Leningradi_Edasi_toimetus, lk 214
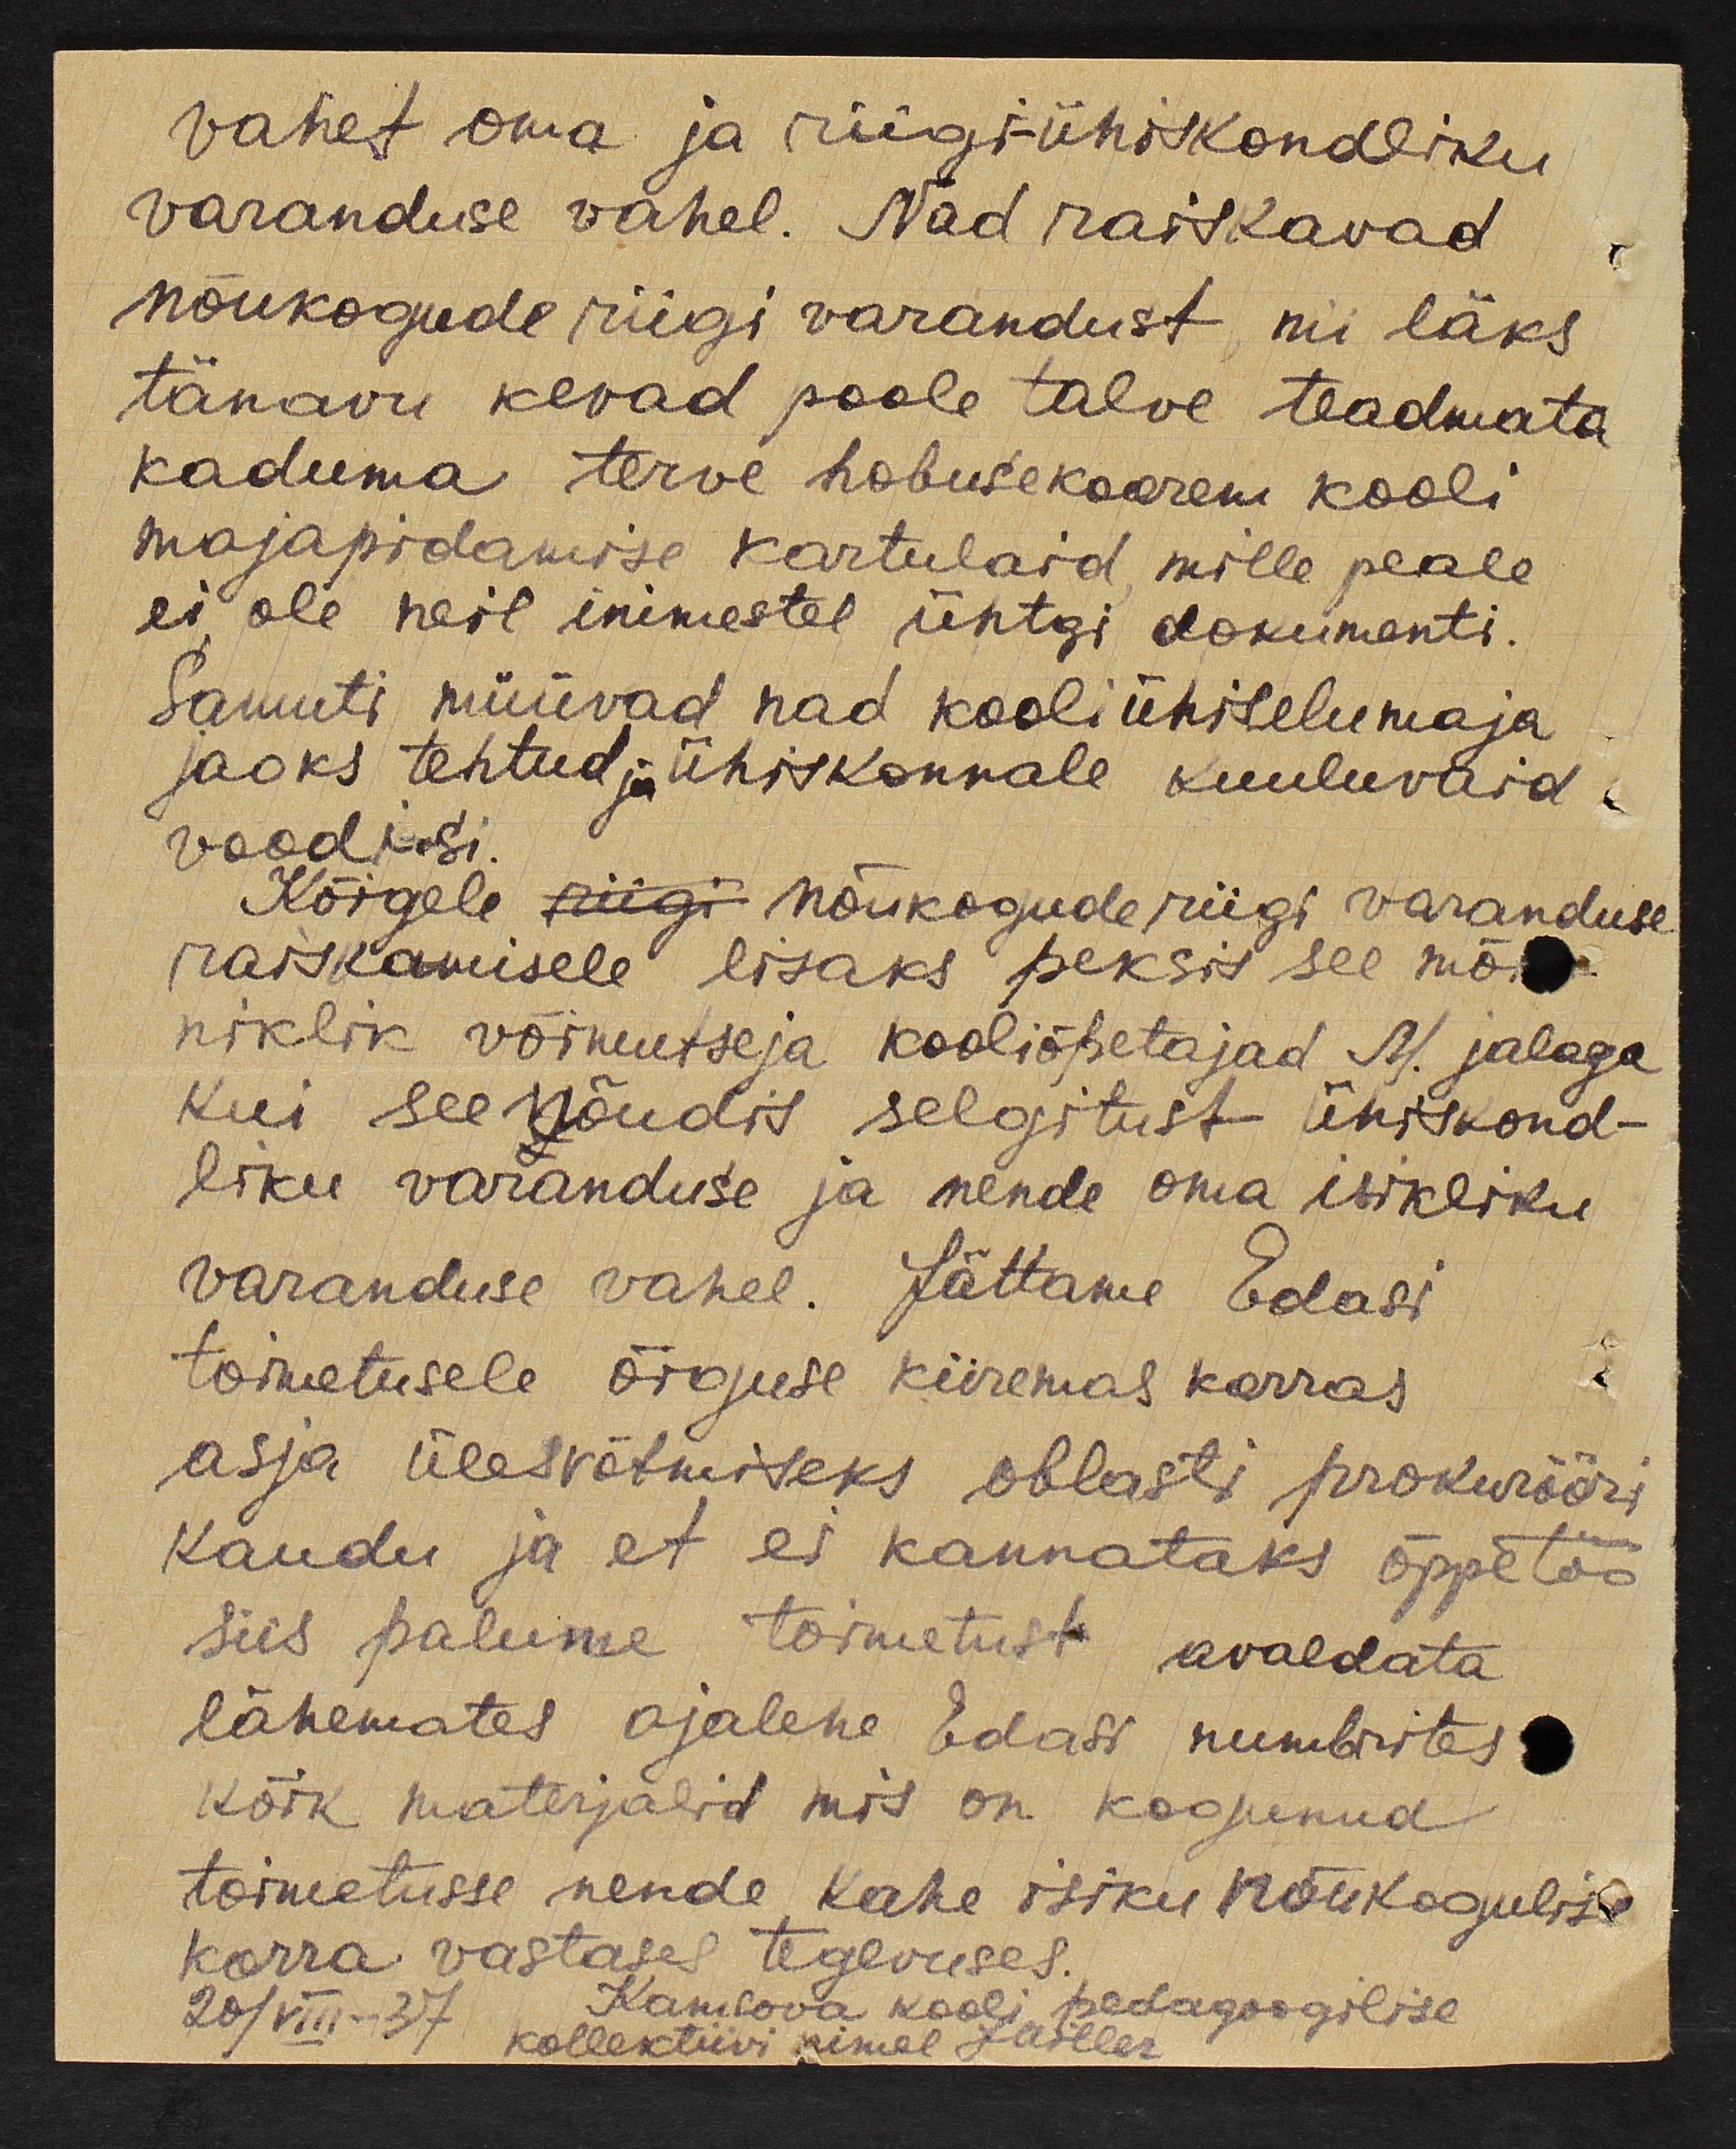
vahet oma ja riigiühiskondliku
varanduse vahel. Nad raiskavad
nõukogude riigi varandust, nii läks
tänavu kevad poole talve teadmata
kaduma terve hobusekoorem kooli
majapidamise kartulaid mille peale
ei ole neil inimestel ühtegi dokumenti.
Samuti müüvad nad kooli ühiselumaja
jaoks tehtud ja ühiskonnale kuuluvaid.
voodisi.
Kõigele riigi nõukogude riigi varanduse
raiskamisele lisaks peksis see mõi-
niklik võimutseja kooliõpetajad M. jalaga
kui see nõudis selgitust ühiskond-
liku varanduse ja nende oma isikliku
varanduse vahel. Jättame Edasi
toimetusele õiguse kiiremas korras
asja ülesvõtmiseks oblasti prokurööri
Kaudu ja et ei kannataks õppetöö
siis palume toimetust avaldata
lähemates ajalehe Edasi numbrites.
kõik materjalid mis on kogunud
toimetusse nende kahe isiku nõukogulise
korra vastases tegevuses
Kamlova kooli pedagoogilise
20/VIII-37 kollektiivi nimel Ladler